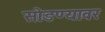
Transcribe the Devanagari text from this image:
सोडण्यावर